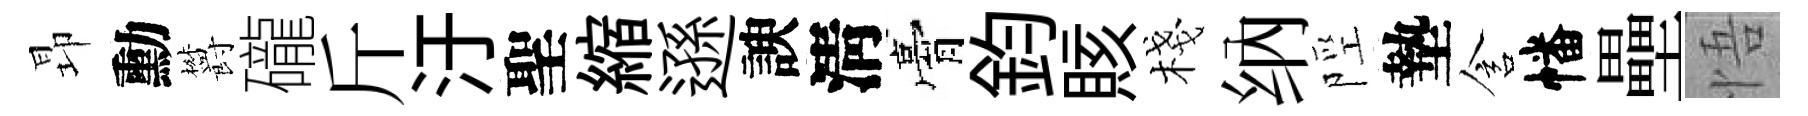
昻勳欝礲斤汙聖縮遜諛淸膏鈞賅棧纳陘墊含幡壘悟